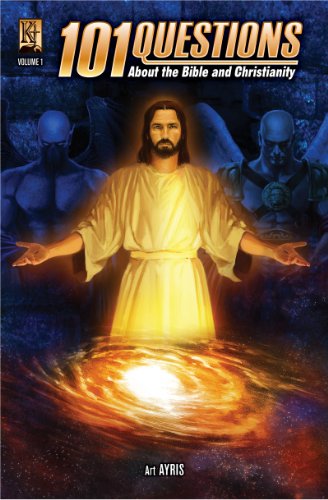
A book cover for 101 Questions about the Bible and Christianity Volume 1; Art Ayris; Comics & Graphic Novels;